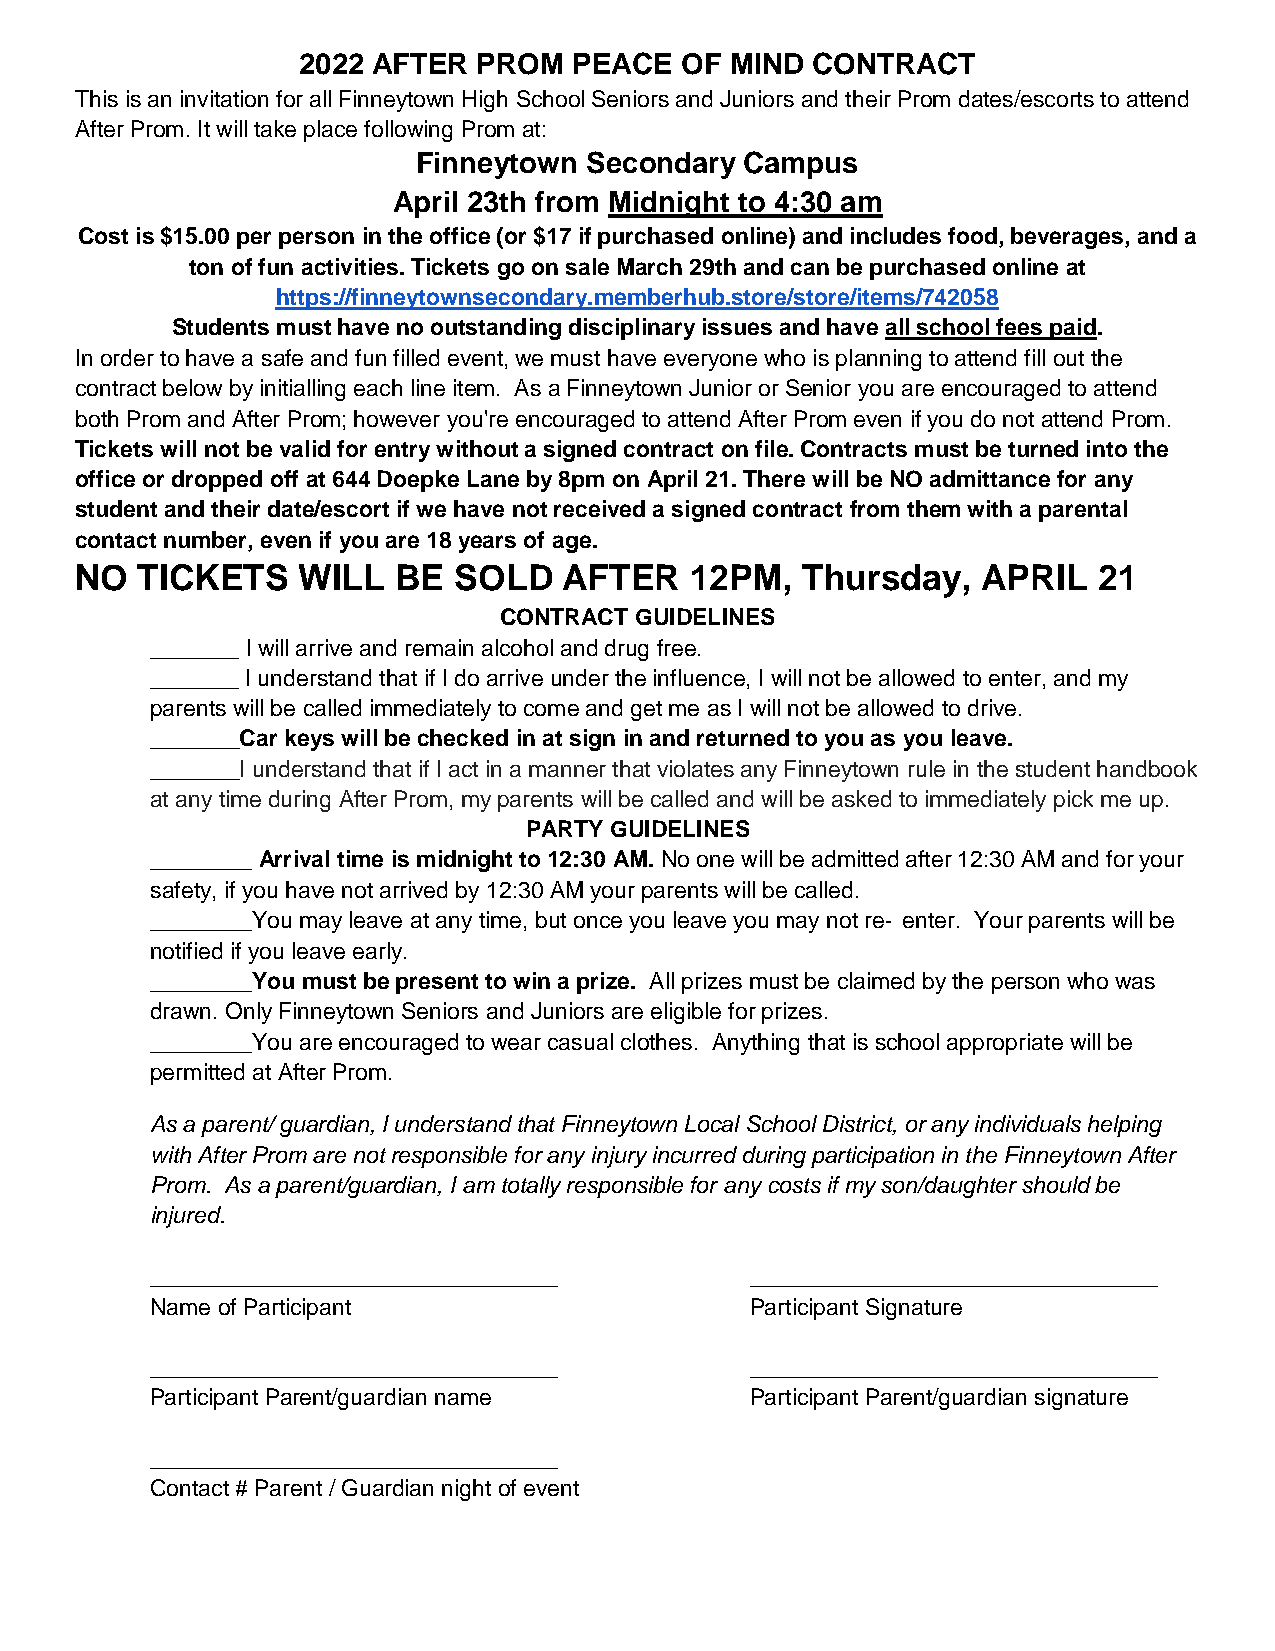
2022 AFTER  PROM  PEACE  OF MIND  CONTRACT
 This is an invitation for all Finneytown High School Seniors and Juniors and their Prom dates/escorts to attend
 After Prom. It will take place following Prom at:
 Finneytown Secondary Campus
 April 23th from Midnight to 4:30 am
 Cost is $15.00 per person in the office (or $17 if purchased online) and includes food, beverages, and a
 ton of fun activities. Tickets go on sale March 29th and can be purchased online at
 https://finneytownsecondary.memberhub.store/store/items/742058
 Students must have no outstanding disciplinary issues and have all school fees paid.
 In order to have a safe and fun filled event, we must have everyone who is planning to attend fill out the
 contract below by initialling each line item. As a Finneytown Junior or Senior you are encouraged to attend
 both Prom and After Prom; however you're encouraged to attend After Prom even if you do not attend Prom.
 Tickets will not be valid for entry without a signed contract on file. Contracts must be turned into the
 office or dropped off at 644 Doepke Lane by 8pm on April 21. There will be NO admittance for any
 student and their date/escort if we have not received a signed contract from them with a parental
 contact number, even if you are 18 years of age.
 NO  TICKETS    WILL  BE  SOLD   AFTER    12PM,  Thursday,   APRIL   21
 CONTRACT GUIDELINES
 _______ I will arrive and remain alcohol and drug free.
 _______ I understand that if I do arrive under the influence, I will not be allowed to enter, and my
 parents will be called immediately to come and get me as I will not be allowed to drive.
 _______Car keys will be checked in at sign in and returned to you as you leave.
 _______I understand that if I act in a manner that violates any Finneytown rule in the student handbook
 at any time during After Prom, my parents will be called and will be asked to immediately pick me up.
 PARTY GUIDELINES
 ________ Arrival time is midnight to 12:30 AM. No one will be admitted after 12:30 AM and for your
 safety, if you have not arrived by 12:30 AM your parents will be called.
 ________You may leave at any time, but once you leave you may not re‐ enter. Your parents will be
 notified if you leave early.
 ________You must be present to win a prize. All prizes must be claimed by the person who was
 drawn. Only Finneytown Seniors and Juniors are eligible for prizes.
 ________You are encouraged to wear casual clothes. Anything that is school appropriate will be
 permitted at After Prom.
 As a parent/ guardian, I understand that Finneytown Local School District, or any individuals helping
 with After Prom are not responsible for any injury incurred during participation in the Finneytown After
 Prom. As a parent/guardian, I am totally responsible for any costs if my son/daughter should be
 injured.
 ________________________________        ________________________________
 Name of Participant                     Participant Signature
 ________________________________        ________________________________
 Participant Parent/guardian name        Participant Parent/guardian signature
 ________________________________
 Contact # Parent / Guardian night of event